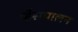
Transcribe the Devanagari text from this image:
म्हैसपालन